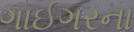
ગાઈગરના